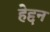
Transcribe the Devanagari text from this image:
हेद्दन